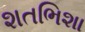
શતભિશા